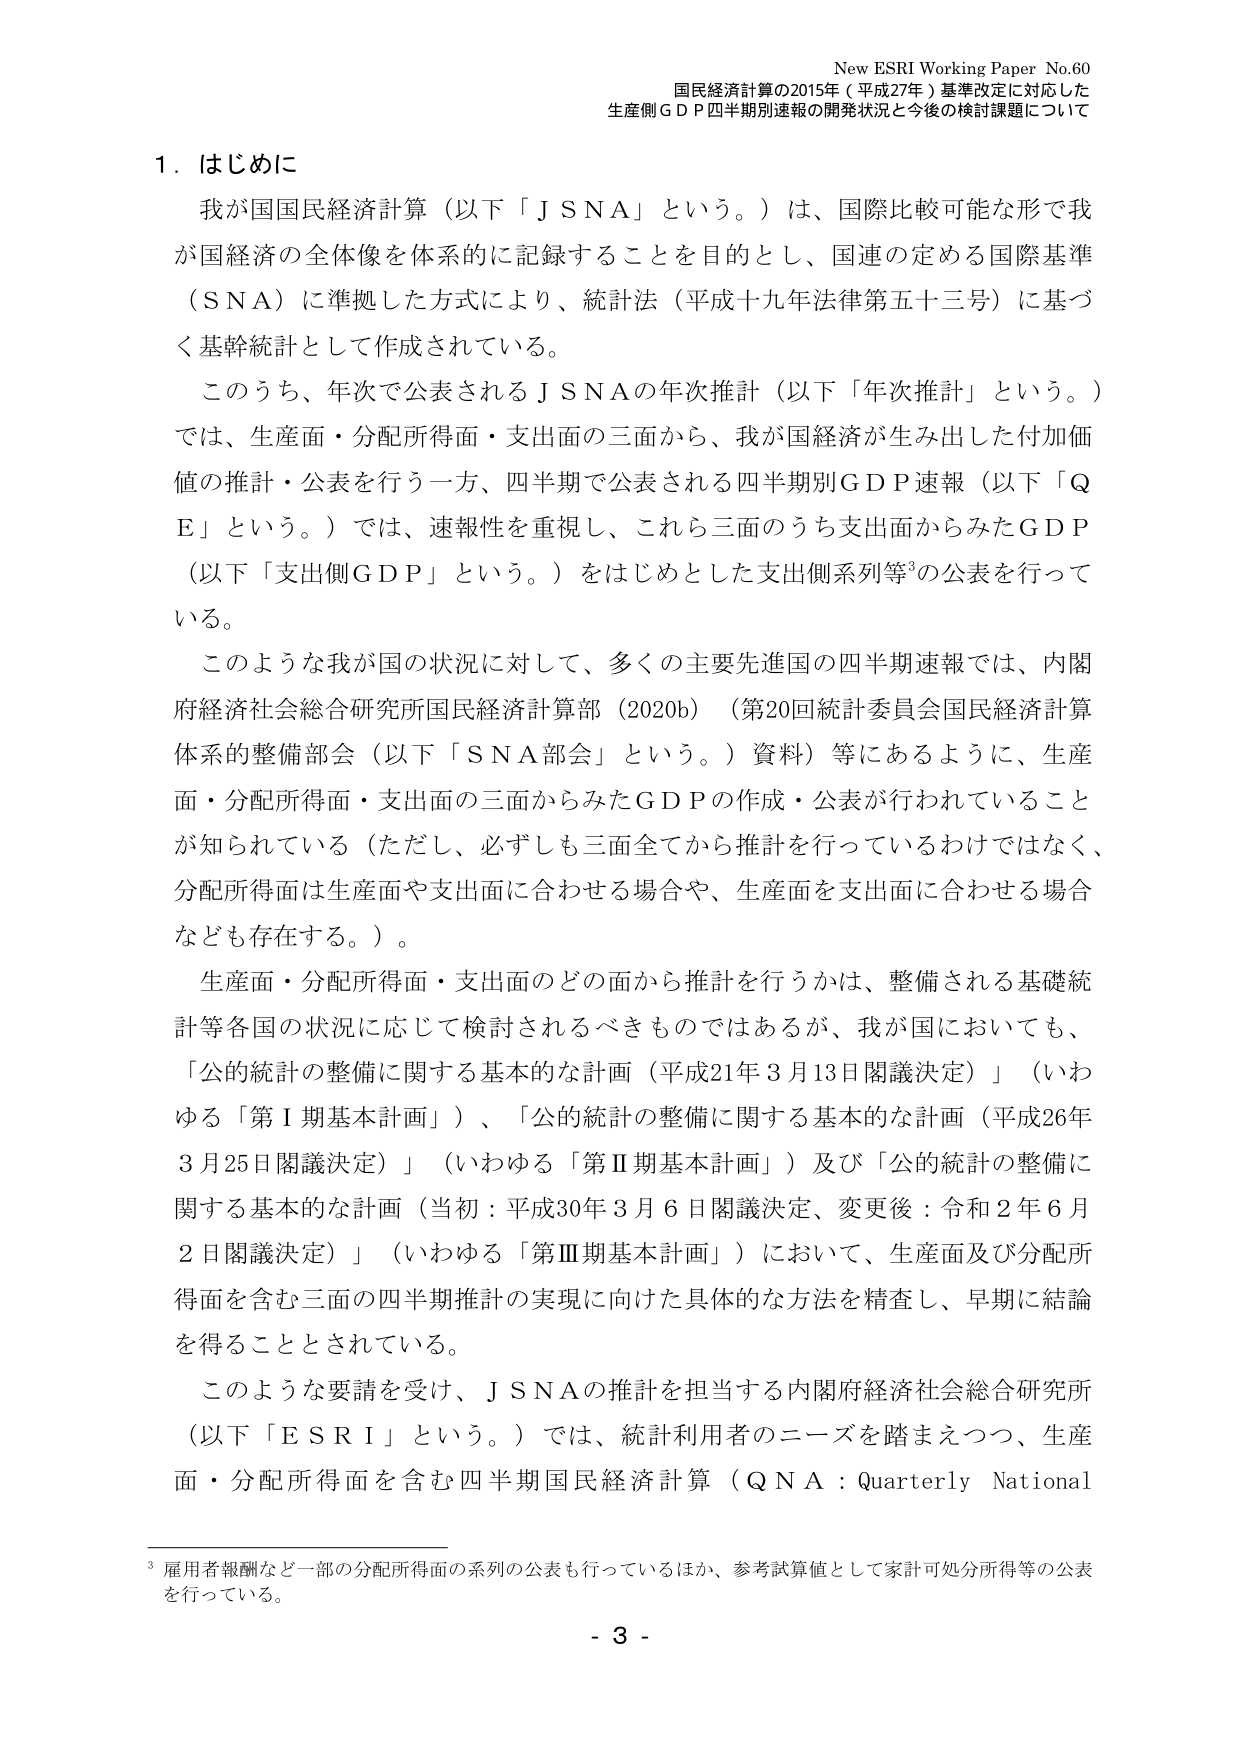
New ESRI Working Paper No.60
国民経済計算の2015年（平成27年）基準改定に対応した
生産側ＧＤＰ四半期別速報の開発状況と今後の検討課題について

１．はじめに
我が国国民経済計算（以下「ＪＳＮＡ」という。）は、国際比較可能な形で我が国経済の全体像を体系的に記録することを目的とし、国連の定める国際基準（ＳＮＡ）に準拠した方式により、統計法（平成十九年法律第五十三号）に基づく基幹統計として作成されている。

このうち、年次で公表されるＪＳＮＡの年次推計（以下「年次推計」という。）では、生産面・分配所得面・支出面の三面から、我が国経済が生み出した付加価値の推計・公表を行う一方、四半期で公表される四半期別ＧＤＰ速報（以下「ＱＥ」という。）では、速報性を重視し、これら三面のうち支出面からみたＧＤＰ（以下「支出側ＧＤＰ」という。）をはじめとした支出側系列等³の公表を行っている。

このような我が国の状況に対して、多くの主要先進国の四半期速報では、内閣府経済社会総合研究所国民経済計算部（2020b）（第20回統計委員会国民経済計算体系的整備部会（以下「ＳＮＡ部会」という。）資料）等にあるように、生産面・分配所得面・支出面の三面からみたＧＤＰの作成・公表が行われていることが知られている（ただし、必ずしも三面全てから推計を行っているわけではなく、分配所得面は生産面や支出面に合わせる場合や、生産面を支出面に合わせる場合なども存在する。）。

生産面・分配所得面・支出面のどの面から推計を行うかは、整備される基礎統計等各国の状況に応じて検討されるべきものではあるが、我が国においても、「公的統計の整備に関する基本的な計画（平成21年3月13日閣議決定）」（いわゆる「第Ⅰ期基本計画」）、「公的統計の整備に関する基本的な計画（平成26年3月25日閣議決定）」（いわゆる「第Ⅱ期基本計画」）及び「公的統計の整備に関する基本的な計画（当初：平成30年3月6日閣議決定、変更後：令和2年6月2日閣議決定）」（いわゆる「第Ⅲ期基本計画」）において、生産面及び分配所得面を含む三面の四半期推計の実現に向けた具体的な方法を精査し、早期に結論を得ることとされている。

このような要請を受け、ＪＳＮＡの推計を担当する内閣府経済社会総合研究所（以下「ＥＳＲＩ」という。）では、統計利用者のニーズを踏まえつつ、生産面・分配所得面を含む四半期国民経済計算（ＱＮＡ：Quarterly National

³ 雇用者報酬など一部の分配所得面の系列の公表も行っているほか、参考試算値として家計可処分所得等の公表を行っている。

- 3 -